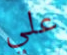
علي